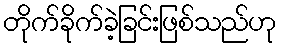
တိုက်ခိုက်ခဲ့ခြင်းဖြစ်သည်ဟု